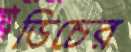
ডিচের